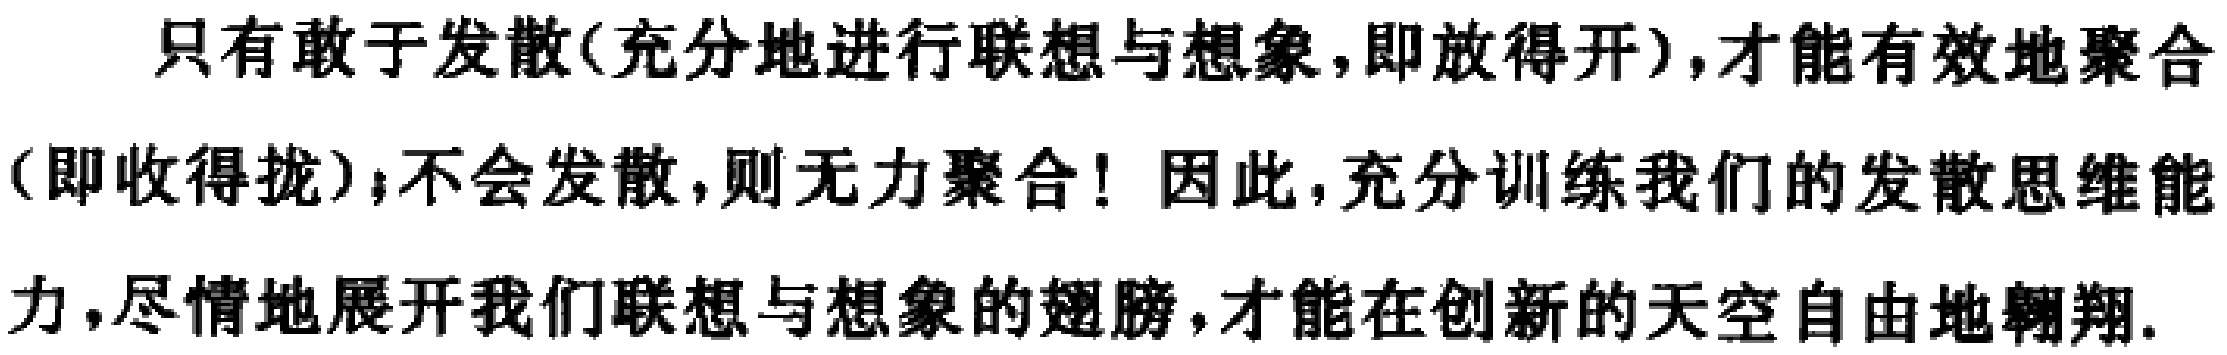
只有敢于发散(充分地进行联想与想象,即放得开),才能有效地聚合(即收得拢);不会发散,则无力聚合! 因此,充分训练我们的发散思维能力,尽情地展开我们联想与想象的翅膀,才能在创新的天空自由地翱翔.